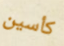
كأسين